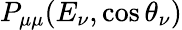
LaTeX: P_{\mu\mu}(E_{\nu},\cos\theta_{\nu})